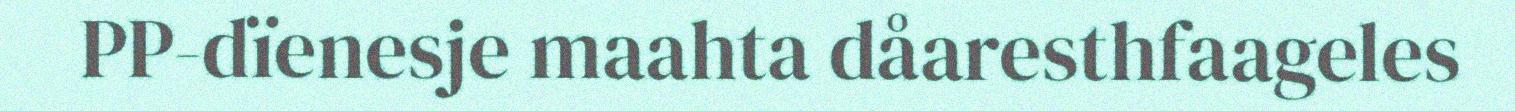
PP-dïenesje maahta dåaresthfaageles